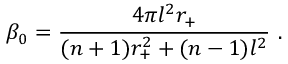
\beta _ { 0 } = \frac { 4 \pi l ^ { 2 } r _ { + } } { ( n + 1 ) r _ { + } ^ { 2 } + ( n - 1 ) l ^ { 2 } } ~ .